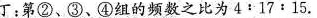
丁；第②、③、④组的频数之比为4﹔17﹔15